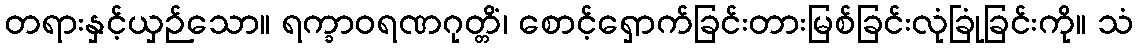
တရားနှင့်ယှဉ်သော။ ရက္ခာဝရဏဂုတ္တိံ၊ စောင့်ရှောက်ခြင်းတားမြစ်ခြင်းလုံခြုံခြင်းကို။ သံ